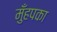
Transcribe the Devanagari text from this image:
मुँहपका